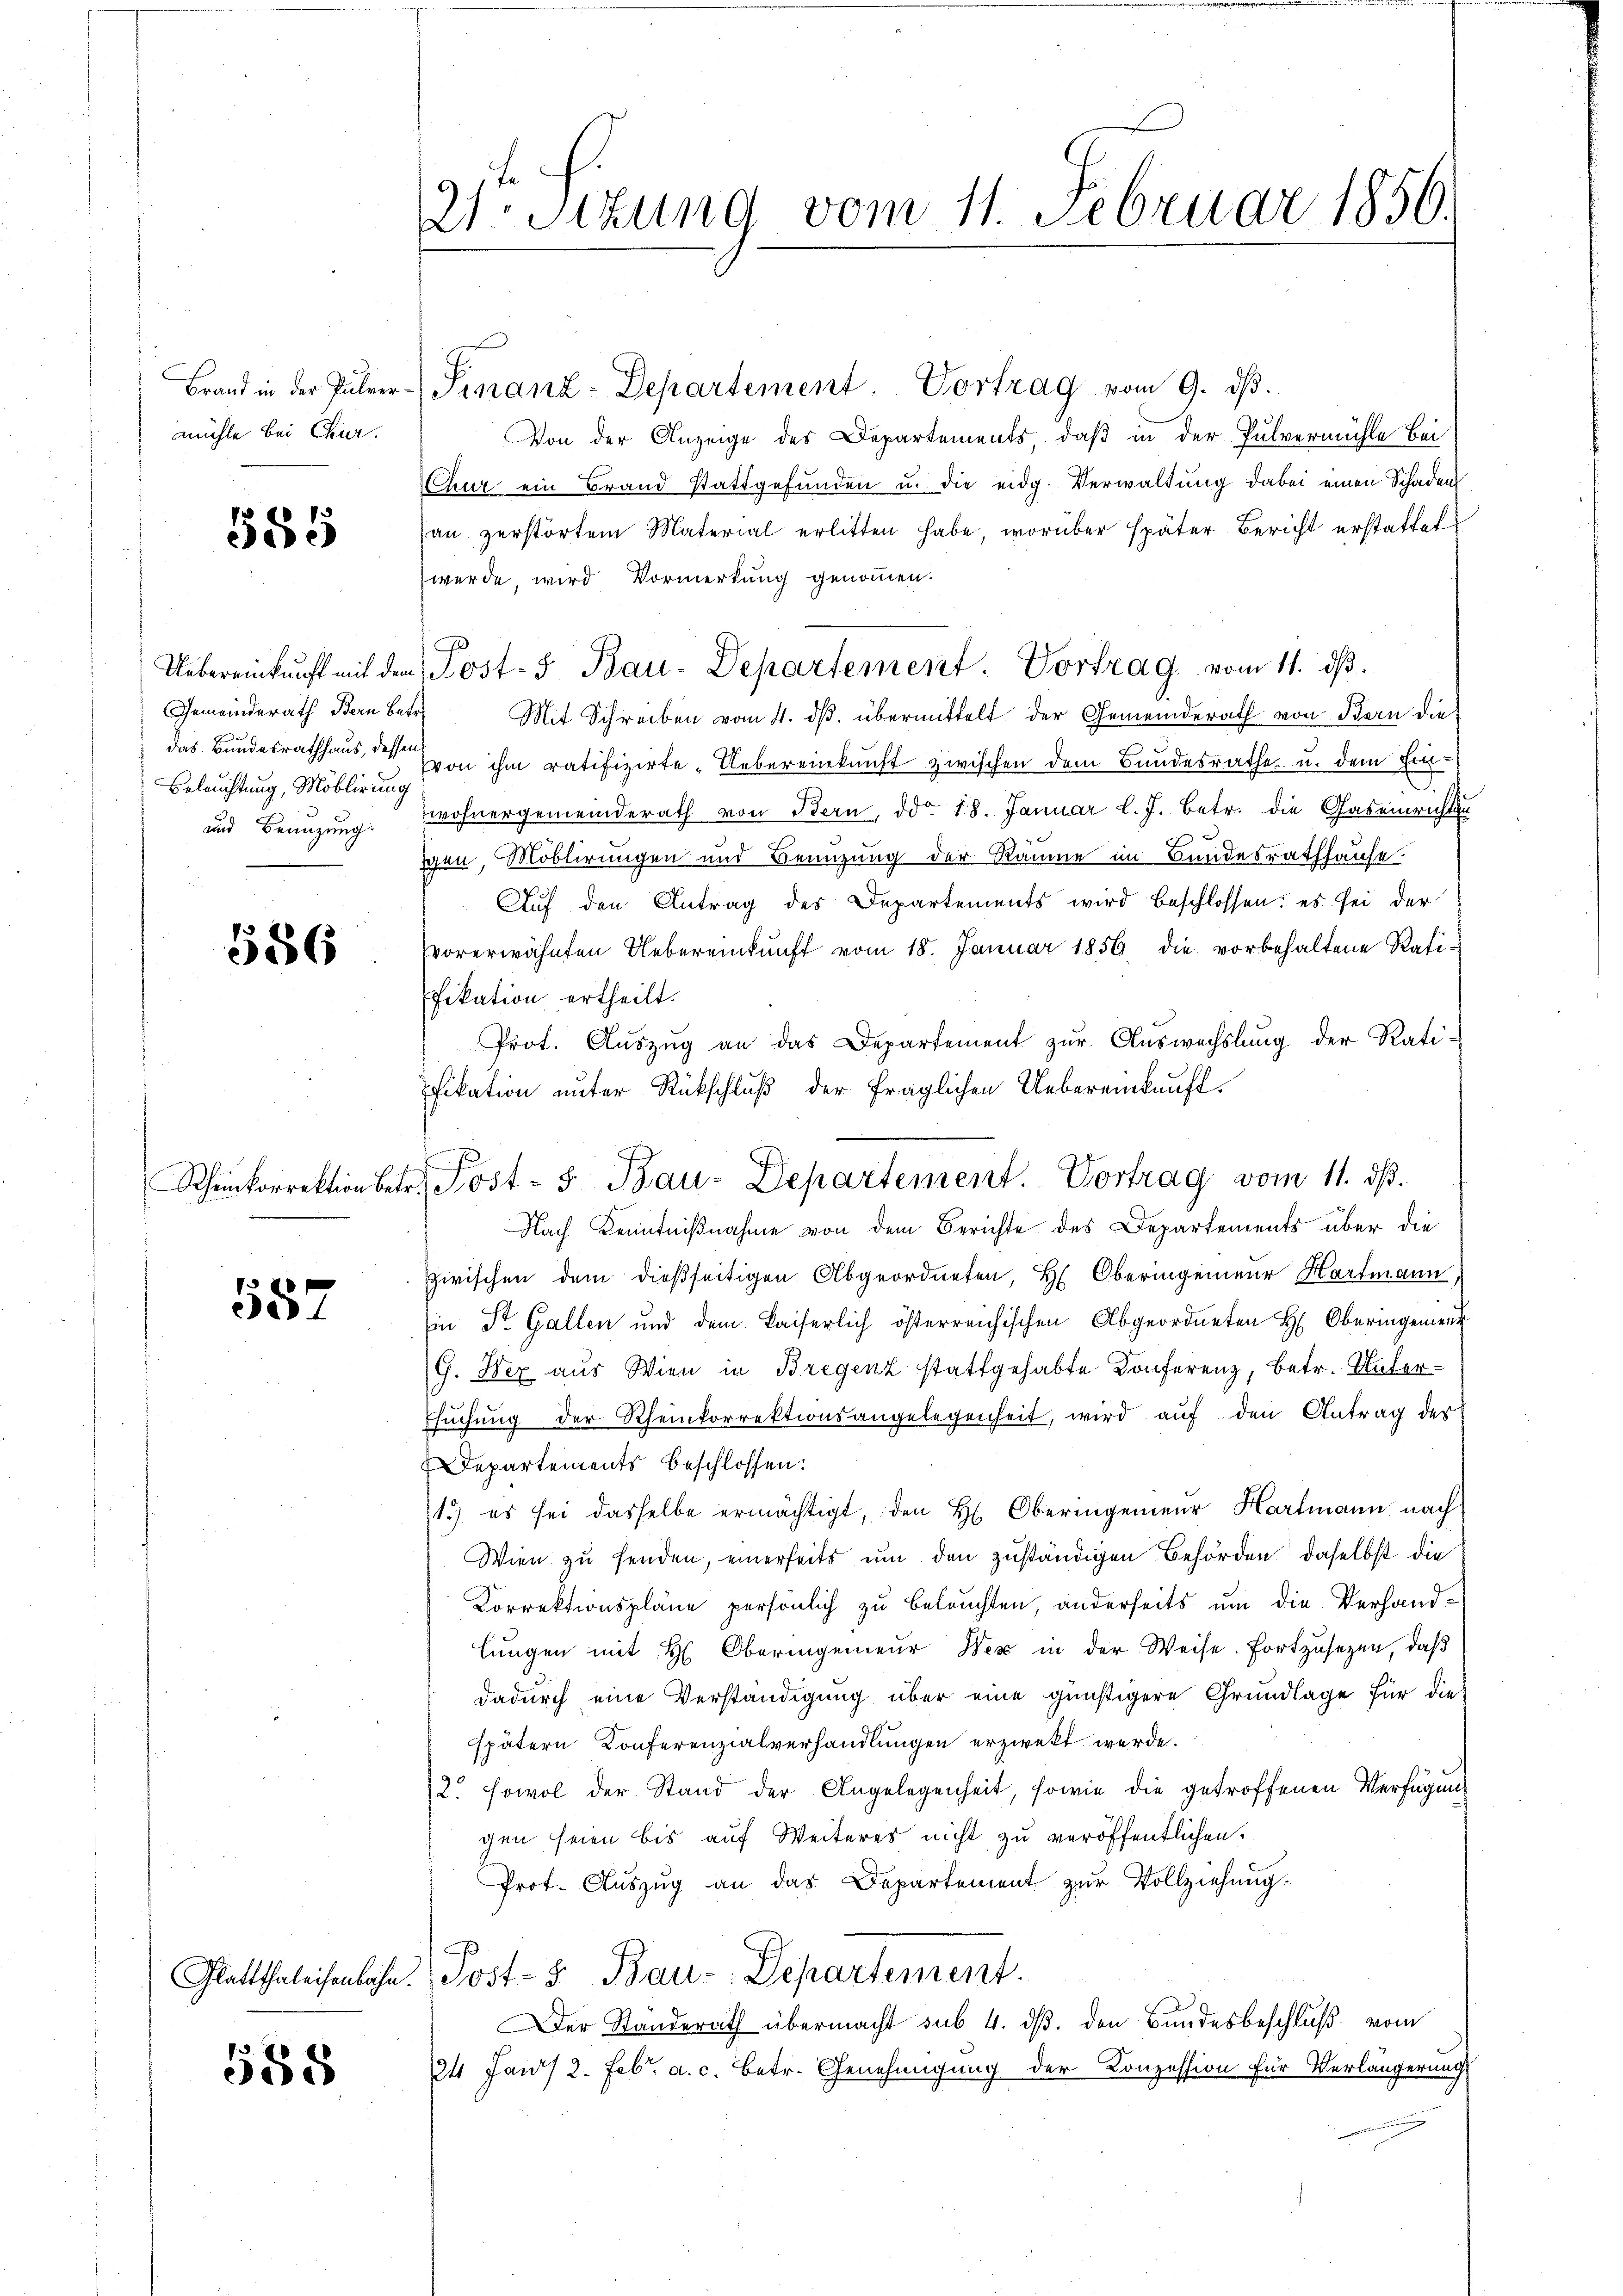
Brand in der Pulvermühle bei Chur.

585

Gemeinderath Bern Betre
Beleuchtung, Möblirung

586

587

588

21t. Sizung vom 11. Februar 1856.

Finanz-Departement. Vortrag vom 9. ds.
Von der Anzeige des Departements, daß in der Pulvermühle bei
Chur ein Brand stattgefŭnden u. die eidg. Verwaltung dabei einen Schaden
an zerstörten Material erlitten habe, worüber später Bericht erstattet
werde, wird Vormerkung genommen.
Mit Schreiben vom 4. ds. übermittelt der Gemeinderath von Bern die
das Bundesrathhaus, der von ihm ratifizirte „Uebereinkunft zwischen dem Bundesrathe u. dem Ein¬
und Benuzung. Wohnergemeinderath von Bern, ddo. 18. Januar l. J. betr. die Gaseinrichten
gen, Möblirungen und Benuzung der Räume im Bundesrathhause.
Auf den Antrag des Departements wird beschlossen: es sei der
vorerwähnten Uebereinkunft vom 18. Januar 1856 die vorbehaltene Ratifikation ertheilt.
Prot. Auszug an das Departement zur Auswechslung der Ratifikation unter Rückschluß der fraglichen Uebereinkauft¬
Nach Kenntnißnahme von dem Berichte des Departements über die
zwischen dem dießseitigen Abgeordneten, H. Oberingenieur Hartmann
in Dr. Gallen und dem Kaiserlich österreichischen Abgeordneten H. Oberingement
G. Der aus Wien in Bregenz stattgehabte Konferenz, betr. Unter¬
Esuchung der Rheinkorrektionsangelegenheit, wird auf den Antrag der
Departements beschlossen:
1) es sei dasselbe ermächtigt, den H. Oberingenieur Hartmann nach
Wien zu senden, einerseits um den zuständigen Behörden daselbst die
Korrektionspläne persönlich zu beleuchten, anderseits um die Verhandlungen mit H. Oberingenieŭr Wer in der Weise fortzusetzen, daβ
dadurch eine Verständigung über eine günstigere Grundlage für die
spätern Conferenzialverhandlungen erzwekt werde.
2. sowol der Stand der Angelegenheit, sowie die getroffenen Verfügung
gen seien bis auf Weiteres nicht zu veröffentlichen.
Prot. Auszug an das Departement zur Vollziehung.
Glattthaleisenbahn. Post- & Bau-Departement.
Der Standerath übermacht sub 4. ds. den Bandesbeschluß vom
24 Jans 2. Febr. a. c. betr. Genehmigung der Konzession für Verlängerung

Uebereinkunft mit den Post- & Bau-Departement. Vortrag vom 11. dβ.

Scheinkorrektion betr. Post- 5. Bau-Departement. Vortrag vom 11. dβ.